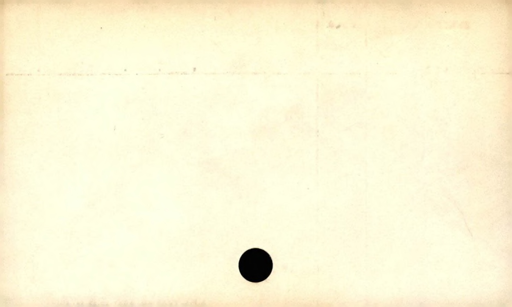
Label: blank